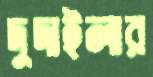
দুদাইলার